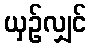
ယှဉ်လျှင်